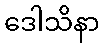
ဒေါသိနာ